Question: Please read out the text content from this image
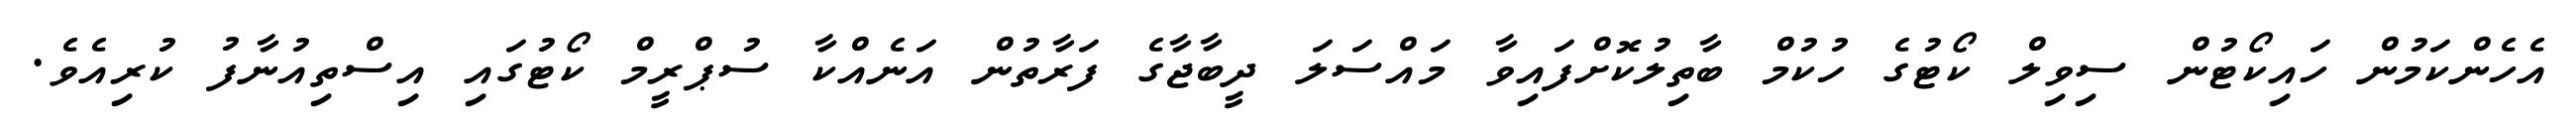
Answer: އެހެންކަމުން ހައިކޯޓުން ސިވިލް ކޯޓުގެ ހުކުމް ބާތިލުކޮށްފައިވާ މައްސަލަ ދީބާޖާގެ ފަރާތުން އަނެއްކާ ސުޕްރީމް ކޯޓުގައި އިސްތިއުނާފު ކުރިއެވެ.